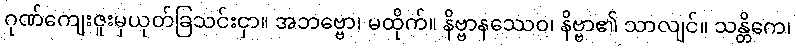
ဂုဏ်ကျေးဇူးမှယုတ်ခြသင်းငှာ။ အဘဗ္ဗော၊ မထိုက်။ နိဗ္ဗာနဿေဝ၊ နိဗ္ဗာ၏ သာလျင်။ သန္တိကေ၊